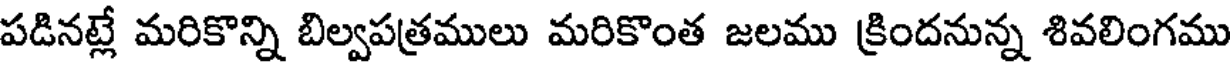
పడినట్లే మరికొన్ని బిల్వపత్రములు మరికొంత జలము క్రిందనున్న శివలింగము